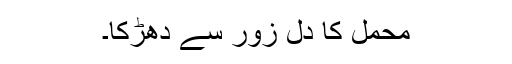
محمل کا دل زور سے دھڑکا۔